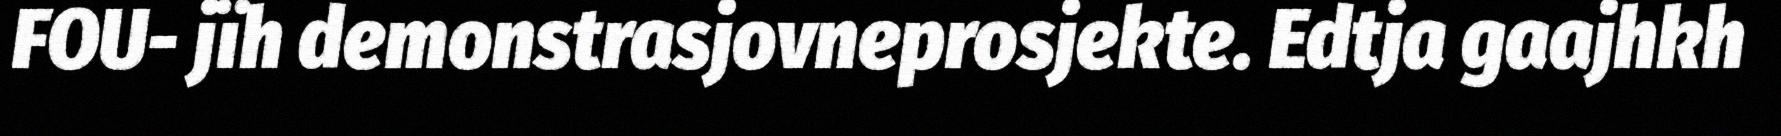
FOU- jïh demonstrasjovneprosjekte. Edtja gaajhkh